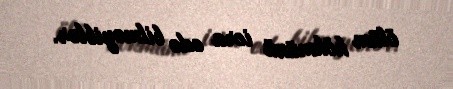
ölüm hökmünü icra edə bilməyiblər.